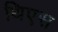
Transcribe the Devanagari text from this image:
थिएस